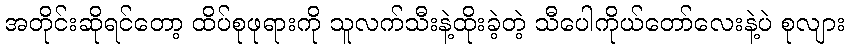
အတိုင်းဆိုရင်တော့ ထိပ်စုဖုရားကို သူလက်သီးနဲ့ထိုးခဲ့တဲ့ သီပေါကိုယ်တော်လေးနဲ့ပဲ စုလျား